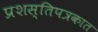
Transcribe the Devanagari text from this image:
प्रशस्तिपत्रकात